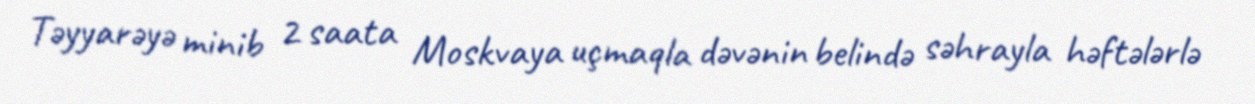
Təyyarəyə minib 2 saata Moskvaya uçmaqla dəvənin belində səhrayla həftələrlə